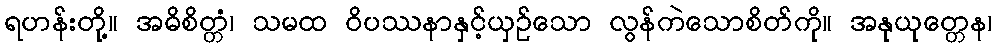
ရဟန်းတို့။ အဓိစိတ္တံ၊ သမထ ဝိပဿနာနှင့်ယှဉ်သော လွန်ကဲသောစိတ်ကို။ အနုယုတ္တေန၊